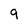
Character: 9